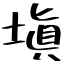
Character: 塡